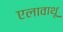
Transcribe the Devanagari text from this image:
एलावाथू